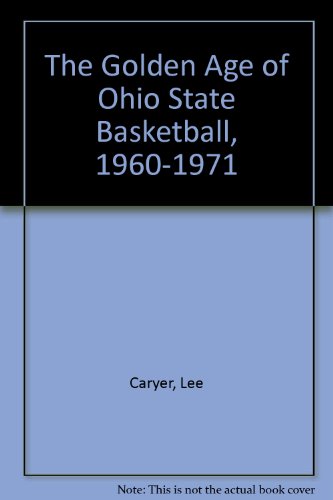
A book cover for Golden Age of Ohio State Basketball; Lee Caryer; Sports & Outdoors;